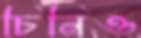
চিনিও